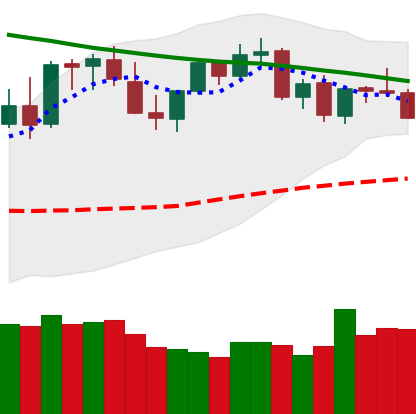
Ticker: LTC-USD
Chart end date: 2021-08-30
Forward return: 26.838%
Label: up_7plus